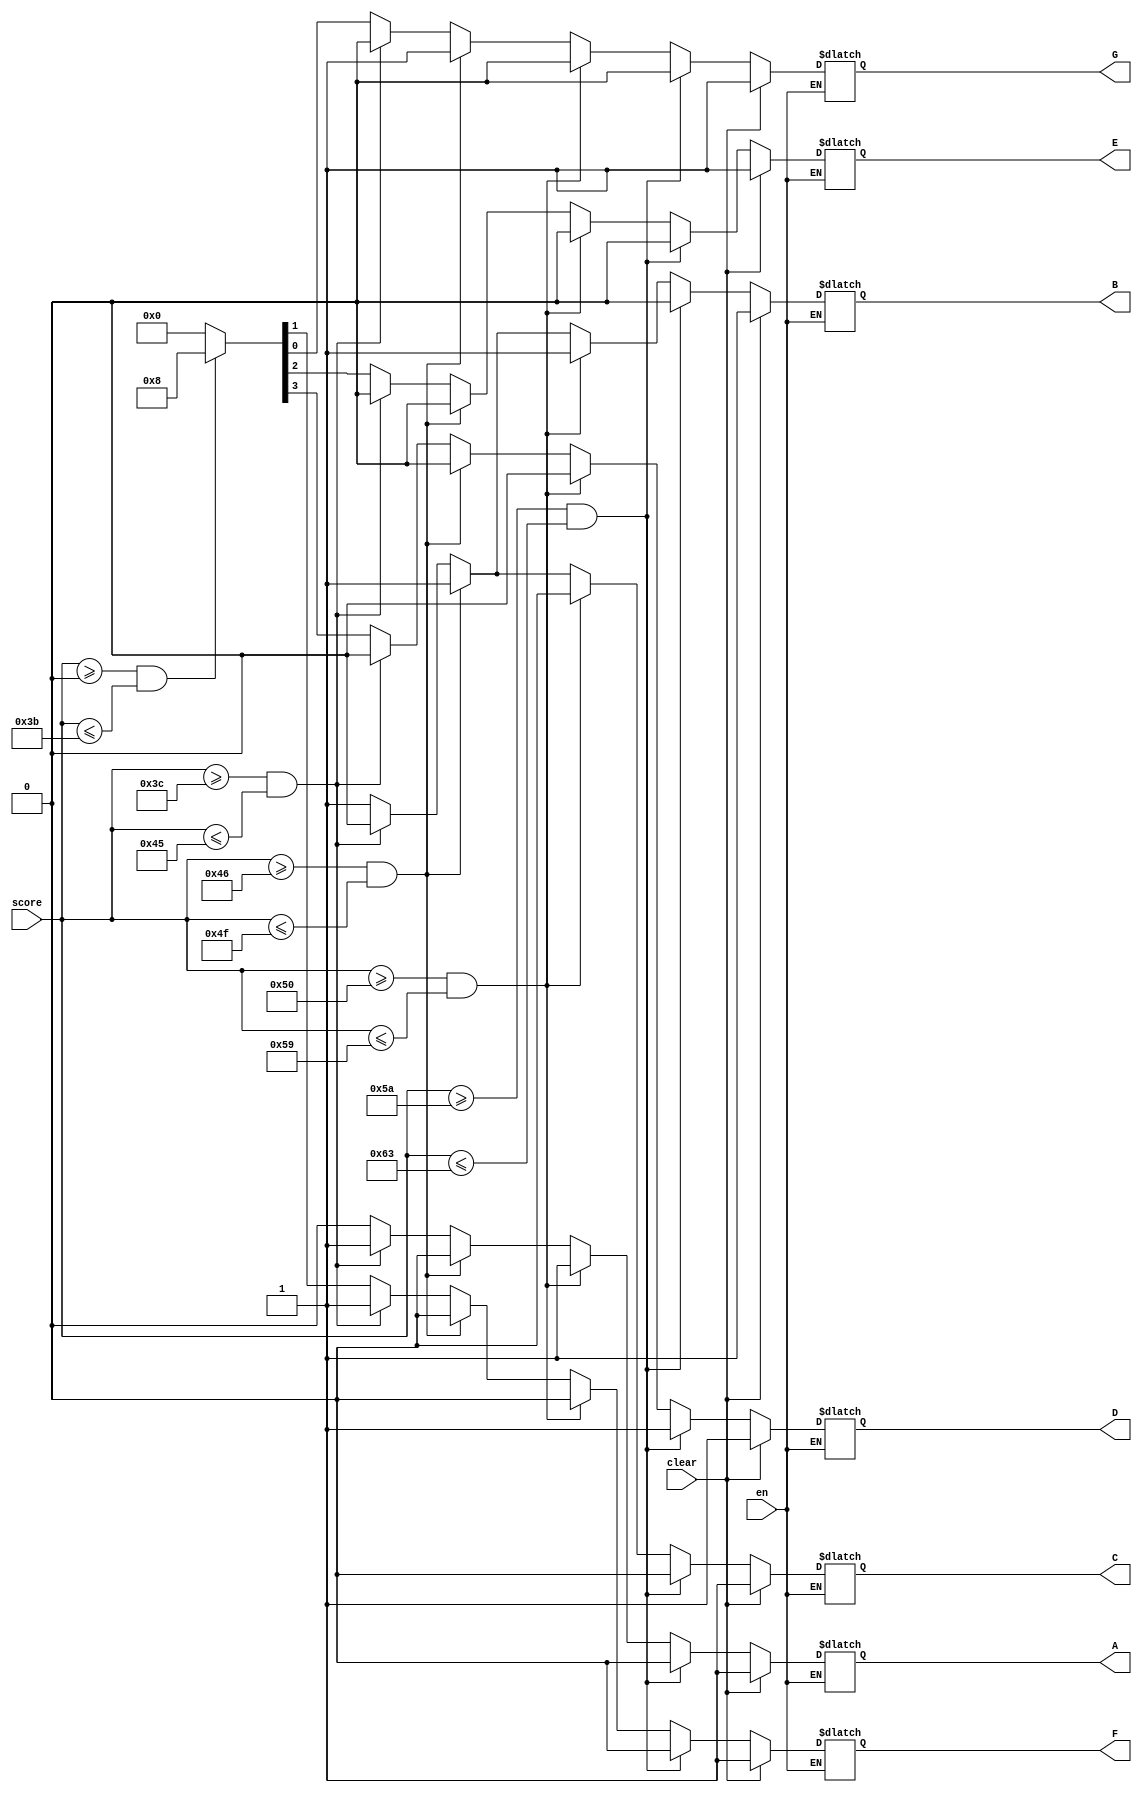
module seven_seg_decoder_9b(score, en, clear, A, B, C, D, E, F, G);
	input [8:0] score;
	input en, clear;
	output A, B, C, D, E, F, G;
	reg A, B, C, D, E, F, G;
	
	// if clear == 1 then 7'b11111111
	// if enable then continue
	
	
	always @(*)
	begin
		if (en)
		begin
			if (clear == 0) begin
			if (score >= 90 && score <=99)
				{A, B, C, D, E, F, G} = 7'b0001000; // A
			else if (score >= 80 && score <= 89)
				{A, B, C, D, E, F, G} = 7'b1100000; // B
			else if (score >= 70 && score <= 79)
				{A, B, C, D, E, F, G} = 7'b0110001; // C
			else if (score >= 60 && score <= 69)
				{A, B, C, D, E, F, G} = 7'b1000010; // D
			else if (score >= 0 && score <= 59)
				{A, B, C, D, E, F, G} = 7'b0111000; // F
			else
				{A, B, C, D, E, F, G} = 7'b0110000; // E
			end
			else
				{A, B, C, D, E, F, G} = 7'b1111111; // blank
		end
	end
endmodule